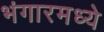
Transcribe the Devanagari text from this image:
भंगारमध्ये